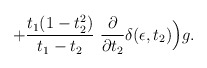
\begin{align*}+ {t_1 (1 - t_2^2)\over t_1 - t_2} ~ {\partial\over\partial t_2} \delta(\epsilon, t_2) \Big) g.\end{align*}